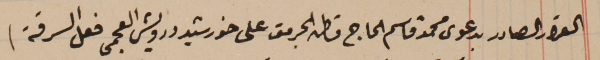
القرار الصادر بدعوى محمد قاسم الحاج قاطن الجرمق على خورشيد درويش العجمى فعل السرقة)